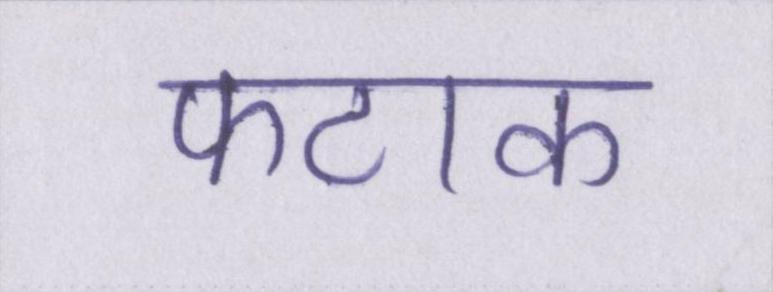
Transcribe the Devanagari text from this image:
फटाक